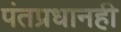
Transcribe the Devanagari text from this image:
पंतप्रधानही